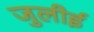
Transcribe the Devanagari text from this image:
जुलीई